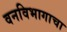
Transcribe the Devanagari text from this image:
वनविभागाचा